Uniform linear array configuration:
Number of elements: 24
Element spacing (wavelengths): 0.25
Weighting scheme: cosine
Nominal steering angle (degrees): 0
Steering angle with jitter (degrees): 0.6781
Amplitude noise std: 0.05
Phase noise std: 0.05

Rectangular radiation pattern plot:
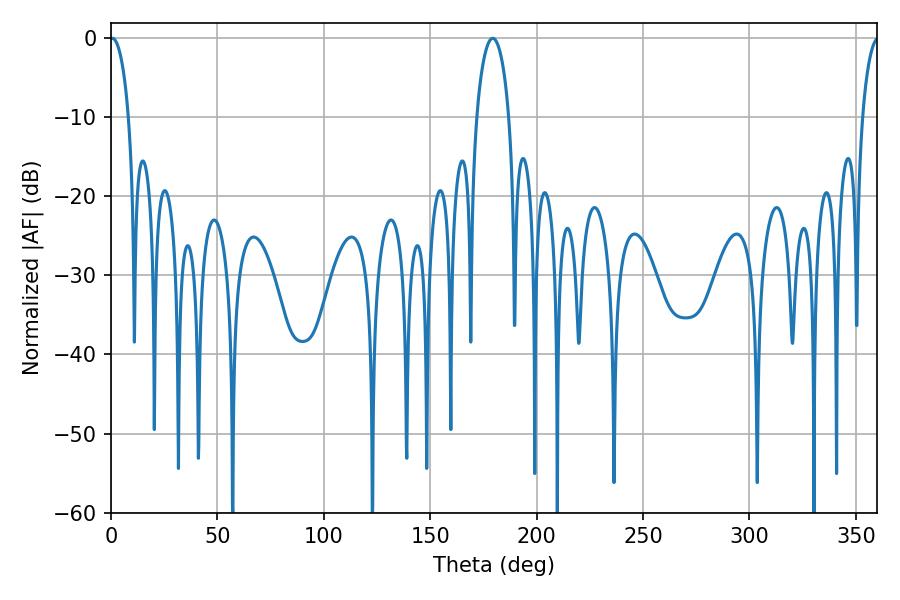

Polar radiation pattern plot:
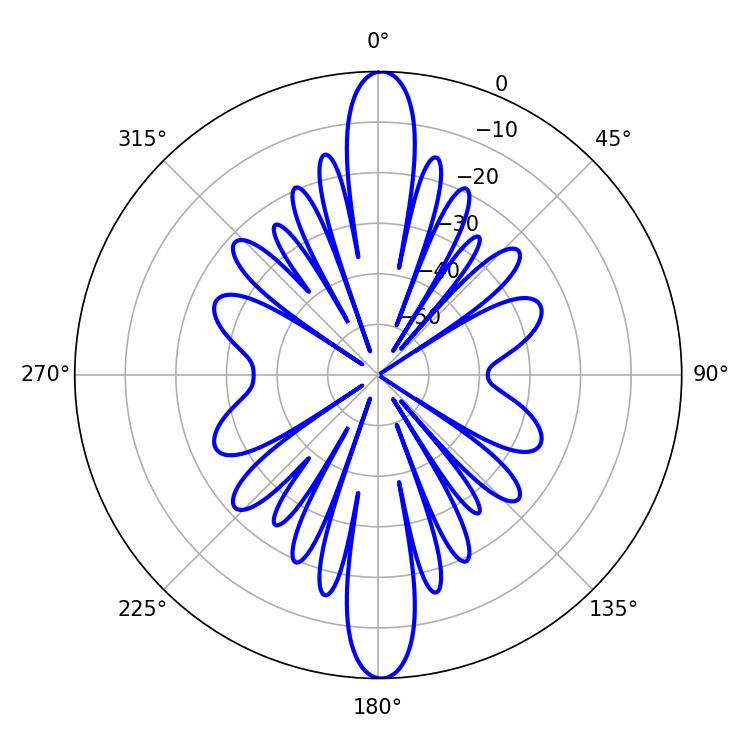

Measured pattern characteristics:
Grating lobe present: FALSE
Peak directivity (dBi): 28.459
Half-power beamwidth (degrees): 5.04
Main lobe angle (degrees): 0.54